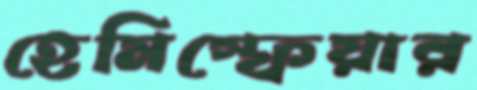
হেমিস্ফেয়ার